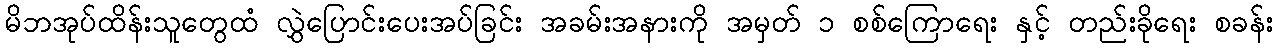
မိဘအုပ်ထိန်းသူတွေထံ လွှဲပြောင်းပေးအပ်ခြင်း အခမ်းအနားကို အမှတ် ၁ စစ်ကြောရေး နှင့် တည်းခိုရေး စခန်း